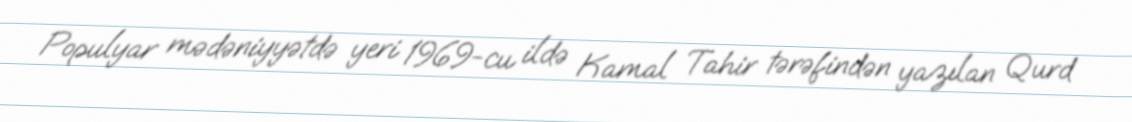
Populyar mədəniyyətdə yeri 1969-cu ildə Kamal Tahir tərəfindən yazılan Qurd